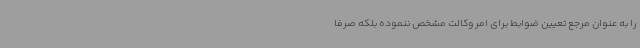
را به عنوان مرجع تعیین ضوابط برای امر وکالت مشخص ننموده بلکه صرفاً